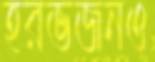
হরভজনও